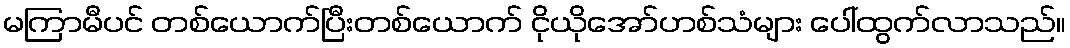
မကြာမီပင် တစ်ယောက်ပြီးတစ်ယောက် ငိုယိုအော်ဟစ်သံများ ပေါ်ထွက်လာသည်။